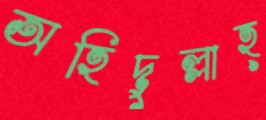
অহিদুল্লাহ্